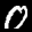
Label: 0